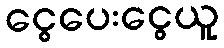
ငွေပေးငွေယူ